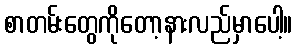
စာတမ်းတွေကိုတော့နားလည်မှာပေါ့။